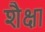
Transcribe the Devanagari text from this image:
शैक्षा